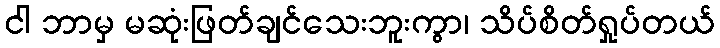
ငါ ဘာမှ မဆုံးဖြတ်ချင်သေးဘူးကွာ၊ သိပ်စိတ်ရှုပ်တယ်